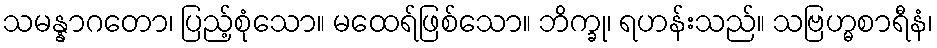
သမန္နာဂတော၊ ပြည့်စုံသော။ မထေရ်ဖြစ်သော။ ဘိက္ခု၊ ရဟန်းသည်။ သဗြဟ္မစာရီနံ၊